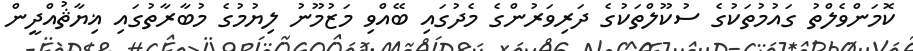
ކޮމަންވެލްތު ގައުމުތަކުގެ ސުކޫލްތަކުގެ ދަރިވަރުންގެ މެދުގައި ބޭއްވި މަޒުމޫނު ލިޔުމުގެ މުބާރާތުގައި ޣިޔާޘުއްދީން